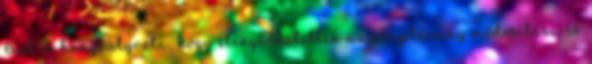
Azt is hangsúlyozta, hogy elengedhetetlen az alaptörvény módosítása és